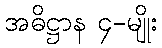
အဓိဋ္ဌာန ၄-မျိုး